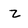
Character: z